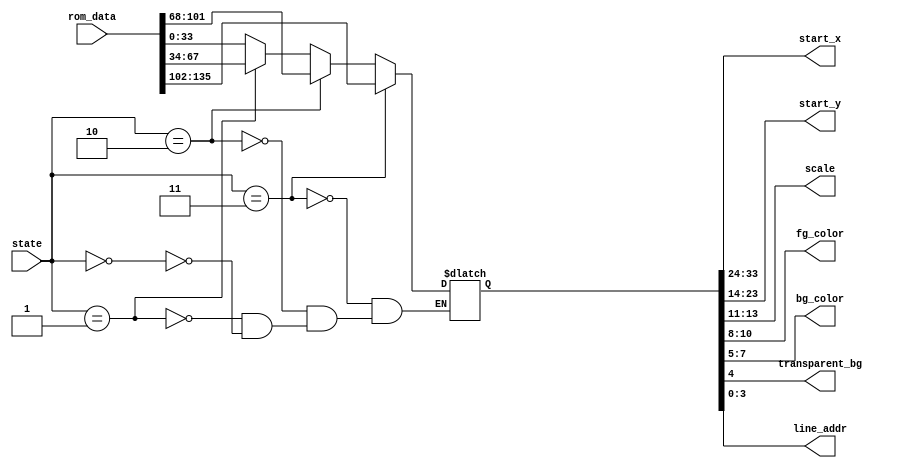
module text_context #(
    parameter GPU_COLOR_BITS    = 3,
    parameter MAX_NUM_STR       = 16,
    parameter MAX_NUM_STATES    = 4,
    localparam DATA_WIDTH       = 10 + 10 + 3 + GPU_COLOR_BITS + GPU_COLOR_BITS + 1 + $clog2(MAX_NUM_STR)
) (
    output wire [9:0] start_x,
    output wire [9:0] start_y,
    output wire [2:0] scale,
    output wire [GPU_COLOR_BITS - 1:0] fg_color,
    output wire [GPU_COLOR_BITS - 1:0] bg_color,
    output wire transparent_bg,
    output wire [$clog2(MAX_NUM_STR) - 1:0] line_addr,
    input wire [(MAX_NUM_STATES * DATA_WIDTH) - 1:0] rom_data,
    input wire [$clog2(MAX_NUM_STATES) - 1:0] state
);
    
    reg [DATA_WIDTH - 1:0] data_line;
    
    // Use Multiplexer
    integer i;
    always @(*) begin
        for (i = 0; i < MAX_NUM_STATES; i = i + 1) begin
            if (state == i)
                data_line = rom_data[DATA_WIDTH * i +: DATA_WIDTH];
        end
    end
    
    assign {start_x, start_y, scale, fg_color, bg_color, transparent_bg, line_addr} = data_line;

endmodule